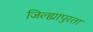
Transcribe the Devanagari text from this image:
जिल्ह्यापुरता